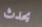
يحدث